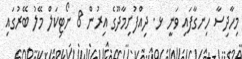
މިހާދިސާ ހިނގާފައި ވަނީ ޅ. ދިއްފުށިމާދޫގެ އިރުން 8 ނޯޓިކަލް މޭލު ބޭރުގައި